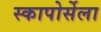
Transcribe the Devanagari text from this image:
स्कापोर्सेला